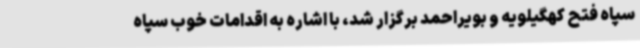
سپاه فتح کهگیلویه و بویراحمد برگزار شد، با اشاره به اقدامات خوب سپاه